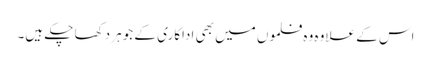
اس کے علاوہ وہ فلموں میں بھی اداکاری کے جوہر دکھا چکے ہیں۔